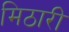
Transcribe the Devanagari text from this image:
मिठारी